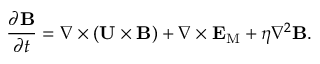
\frac { \partial { \bf { B } } } { \partial t } = \nabla \times ( { \bf { U } } \times { \bf { B } } ) + \nabla \times { \bf { E } } _ { \mathrm { { M } } } + \eta \nabla ^ { 2 } { \bf { B } } .